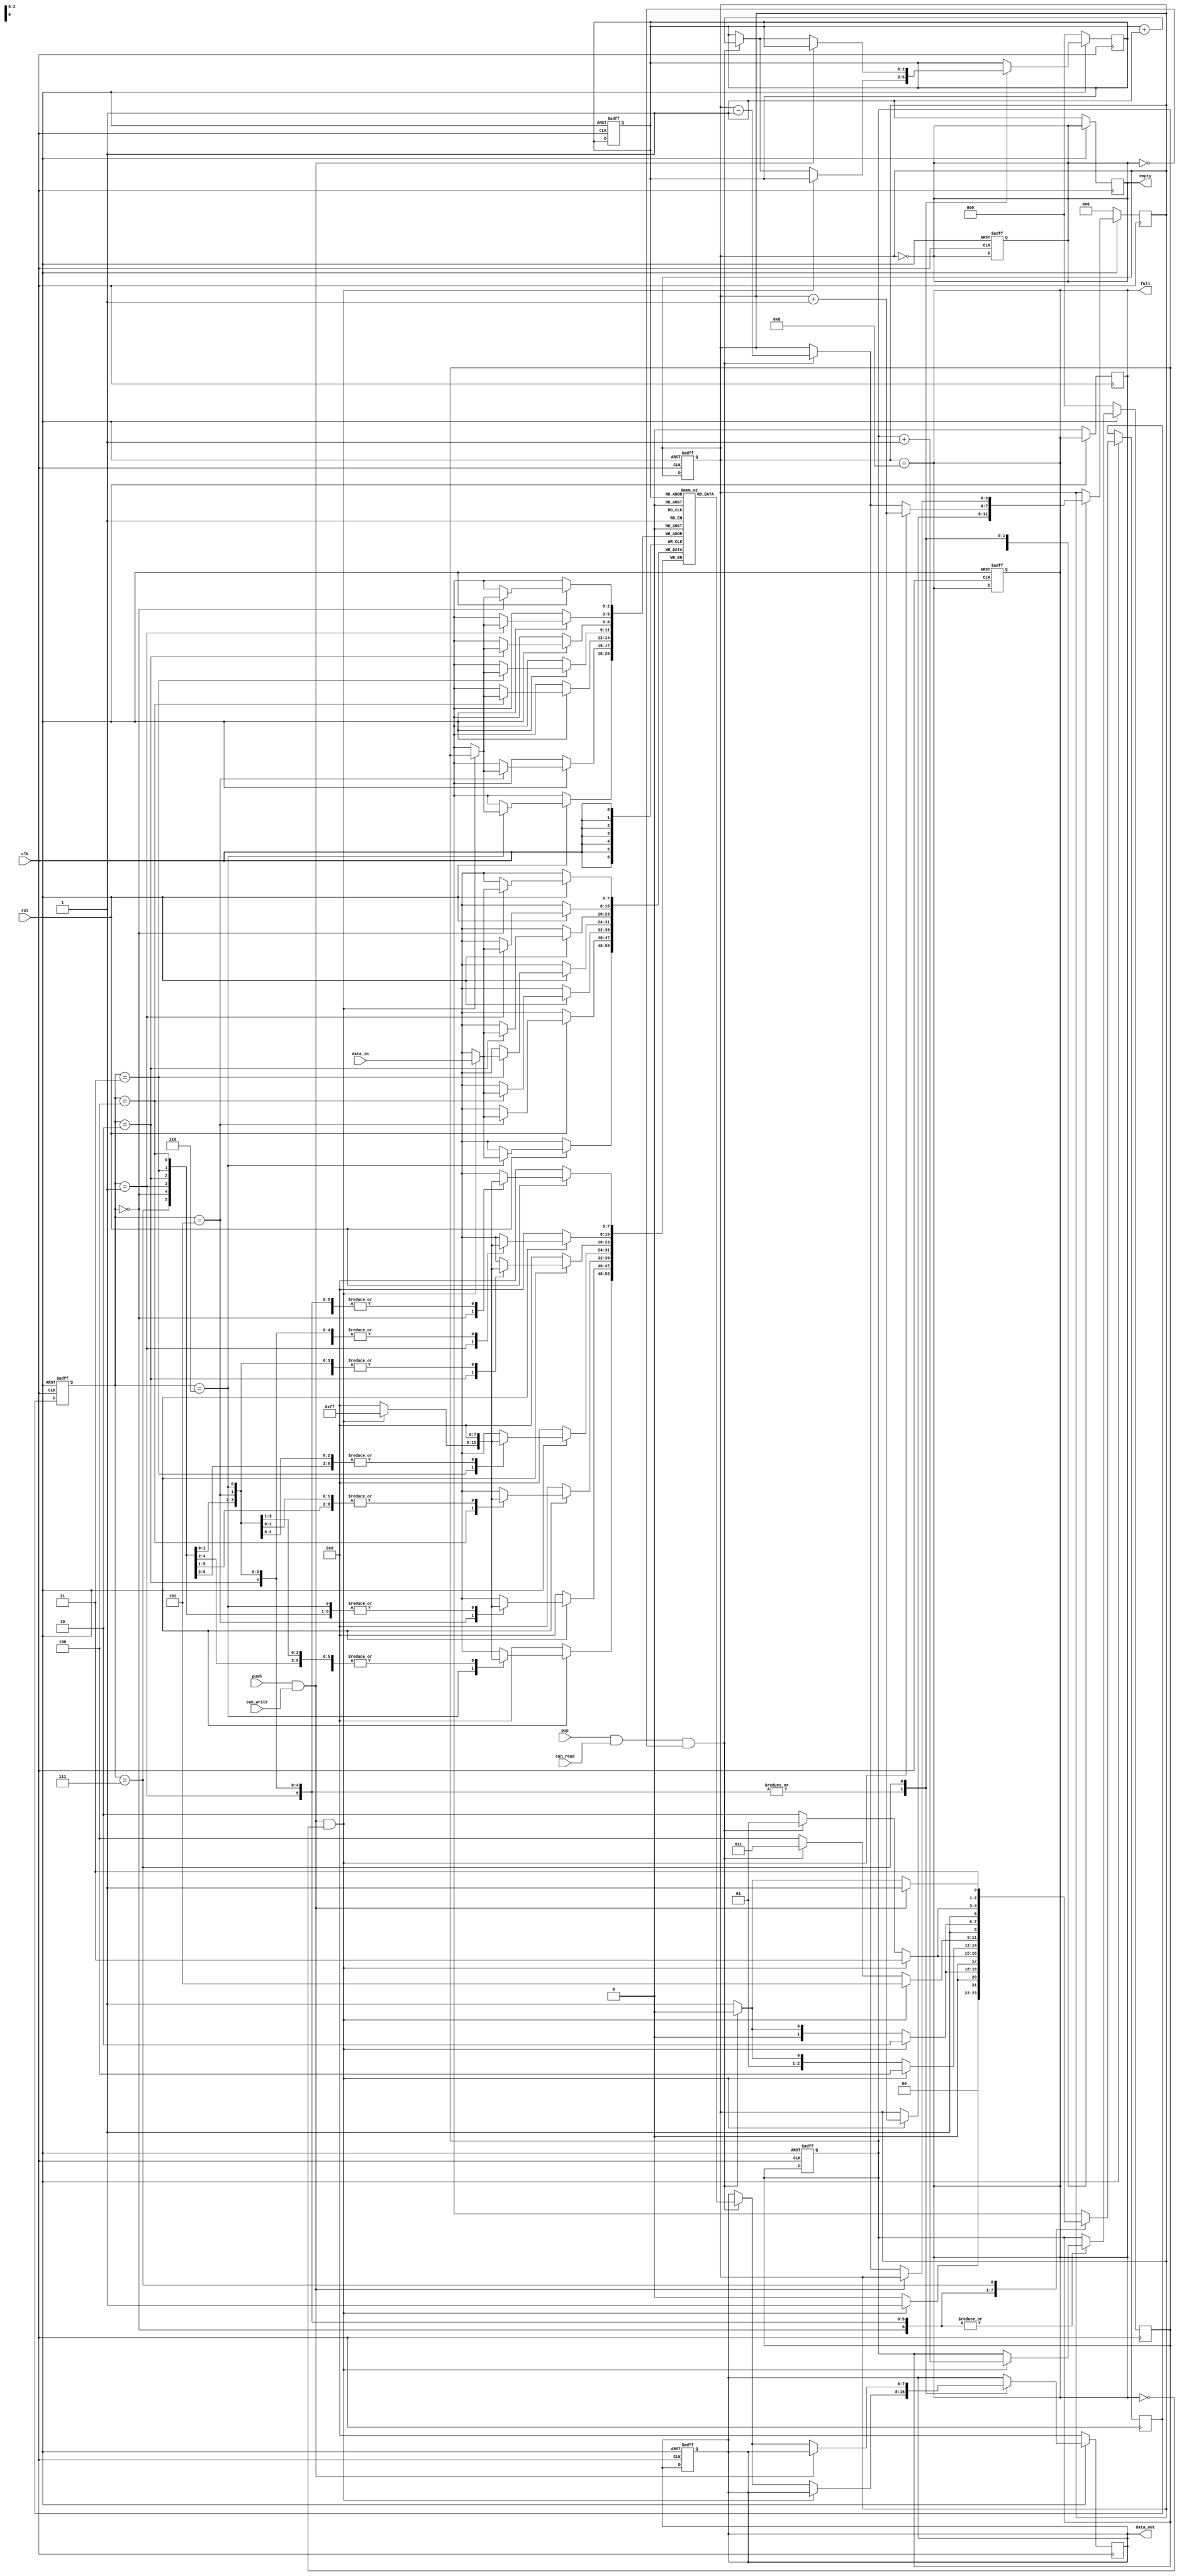

    module fifo #(parameter DATA_SIZE = 8, parameter ADDRESS_SIZE = 3)
             (input clk, rst, push, pop,
              input [DATA_SIZE-1:0] data_in,
              input can_read, can_write,
              output reg [DATA_SIZE-1:0] data_out,
              output reg full, empty);

    localparam ADDRESS_DEPTH = 2**ADDRESS_SIZE;
    reg [DATA_SIZE-1:0] memory [ADDRESS_DEPTH-1:0];
    reg [ADDRESS_SIZE-1:0] read_ptr, write_ptr;
    reg [ADDRESS_SIZE:0] status; // Extra bit for distinguishing full and empty
    reg underflow, overflow;

    // States
    localparam S0 = 3'b000;
    localparam S1 = 3'b001;
    localparam S2 = 3'b010;
    localparam S3 = 3'b011;
    localparam S4 = 3'b100;
    localparam S5 = 3'b101;
    localparam S6 = 3'b110;
    localparam S7 = 3'b111;

    reg [2:0] state, next_state;

    always @(posedge clk or negedge rst) begin
        if (!rst) begin
            state <= S0;
            data_out <= 0;
            status <= 0;
            read_ptr <= 0;
            write_ptr <= 0;
            overflow <= 0;
            underflow <= 0;
            full <= 0;
            empty <= 1;
        end else begin
            state <= next_state;
        end
    end

    always @(posedge clk) begin
        if (!rst) begin
            data_out <= 0;
            status <= 0;
            read_ptr <= 0;
            write_ptr <= 0;
            overflow <= 0;
            underflow <= 0;
            full <= 0;
            empty <= 1;
        end else begin
            case (state)
                S0: begin
                    if (push && can_write && !full) begin
                        memory[write_ptr] <= data_in;
                        write_ptr <= write_ptr + 1;
                        status <= status + 1;
                        next_state <= S1;
                    end else begin
                        next_state <= S0;
                    end
                end

                S1: begin
                    if (push && can_write && !full) begin
                        memory[write_ptr] <= data_in;
                        write_ptr <= write_ptr + 1;
                        status <= status + 1;
                        next_state <= S2;
                    end else if (pop && can_read && !empty) begin
                        data_out <= memory[read_ptr];
                        read_ptr <= read_ptr + 1;
                        status <= status - 1;
                        next_state <= S0;
                    end else begin
                        next_state <= S1;
                    end
                end

                S2: begin
                    if (push && can_write && !full) begin
                        memory[write_ptr] <= data_in;
                        write_ptr <= write_ptr + 1;
                        status <= status + 1;
                        next_state <= S3;
                    end else if (pop && can_read && !empty) begin
                        data_out <= memory[read_ptr];
                        read_ptr <= read_ptr + 1;
                        status <= status - 1;
                        next_state <= S1;
                    end else begin
                        next_state <= S2;
                    end
                end

                S3: begin
                    if (push && can_write && !full) begin
                        memory[write_ptr] <= data_in;
                        write_ptr <= write_ptr + 1;
                        status <= status + 1;
                        next_state <= S4;
                    end else if (pop && can_read && !empty) begin
                        data_out <= memory[read_ptr];
                        read_ptr <= read_ptr + 1;
                        status <= status - 1;
                        next_state <= S2;
                    end else begin
                        next_state <= S3;
                    end
                end

                S4: begin
                    if (push && can_write && !full) begin
                        memory[write_ptr] <= data_in;
                        write_ptr <= write_ptr + 1;
                        status <= status + 1;
                        next_state <= S5;
                    end else if (pop && can_read && !empty) begin
                        data_out <= memory[read_ptr];
                        read_ptr <= read_ptr + 1;
                        status <= status - 1;
                        next_state <= S3;
                    end else begin
                        next_state <= S4;
                    end
                end

                S5: begin
                    if (push && can_write && !full) begin
                        memory[write_ptr] <= data_in;
                        write_ptr <= write_ptr + 1;
                        status <= status + 1;
                        next_state <= S6;
                    end else if (pop && can_read && !empty) begin
                        data_out <= memory[read_ptr];
                        read_ptr <= read_ptr + 1;
                        status <= status - 1;
                        next_state <= S4;
                    end else begin
                        next_state <= S5;
                    end
                end

                S6: begin
                    if (push && can_write && !full) begin
                        memory[write_ptr] <= data_in;
                        write_ptr <= write_ptr + 1;
                        status <= status + 1;
                        next_state <= S7;
                    end else if (pop && can_read && !empty) begin
                        data_out <= memory[read_ptr];
                        read_ptr <= read_ptr + 1;
                        status <= status - 1;
                        next_state <= S5;
                    end else begin
                        next_state <= S6;
                    end
                end

                S7: begin
                    if (push && can_write) begin
                        next_state <= S7;
                    end else if (pop && can_read && !empty) begin
                        data_out <= memory[read_ptr];
                        read_ptr <= read_ptr + 1;
                        status <= status - 1;
                        next_state <= S6;
                    end else begin
                        next_state <= S7;
                    end
                end
            endcase
        end
    end

    always @* begin
        full = (status == ADDRESS_DEPTH);
        empty = (status == 0);
    end

    always @(posedge clk) begin
        if (state == S0 && empty && pop && can_read)
            underflow <= 1;
        else if( push && can_write && full )
            overflow <= 1;
        else begin
            underflow <= 0;
            overflow <= 0;
        end
    end

endmodule